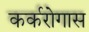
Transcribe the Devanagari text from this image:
कर्करोगास